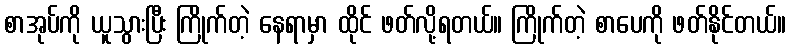
စာအုပ်ကို ယူသွားပြီး ကြိုက်တဲ့ နေရာမှာ ထိုင် ဖတ်လို့ရတယ်။ ကြိုက်တဲ့ စာပေကို ဖတ်နိုင်တယ်။